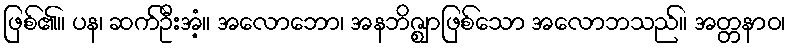
ဖြစ်၏။ ပန၊ ဆက်ဦးအံ့။ အလောဘော၊ အနဘိဇ္ဈာဖြစ်သော အလောဘသည်။ အတ္တနာဝ၊